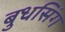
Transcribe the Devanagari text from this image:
बुधसिंग